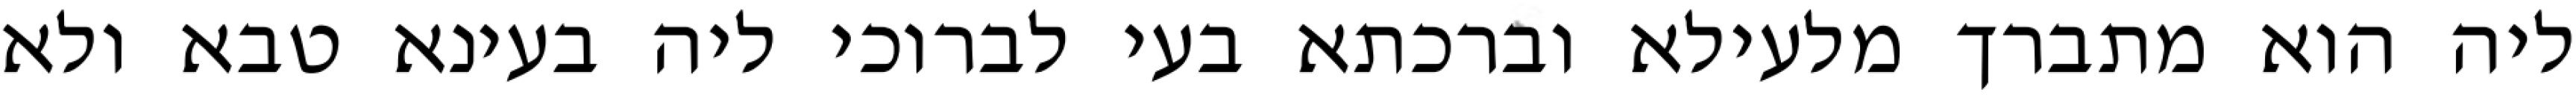
ליה הוא מתברך מלעילא וברכתא בעי לברוכי ליה בעינא טבא ולא